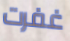
غفرت